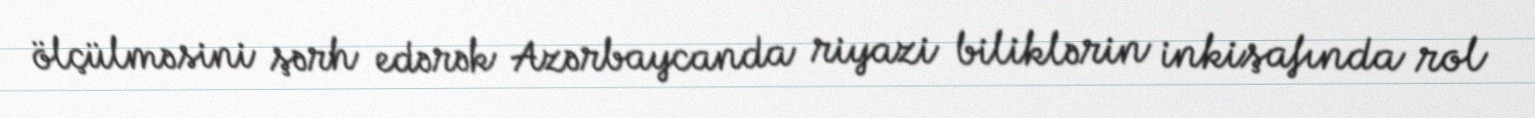
ölçülməsini şərh edərək Azərbaycanda riyazi biliklərin inkişafında rol